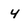
Character: 4